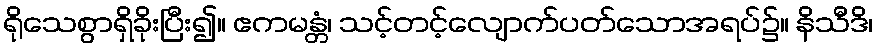
ရိုသေစွာရှိခိုးပြီး၍။ ဧကမန္တံ၊ သင့်တင့်လျောက်ပတ်သောအရပ်၌။ နိသီဒိ၊